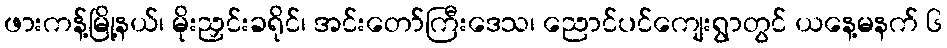
ဖားကန့်မြို့နယ်၊ မိုးညှင်းခရိုင်၊ အင်းတော်ကြီးဒေသ၊ ညောင်ပင်ကျေးရွာတွင် ယနေ့မနက် ၆